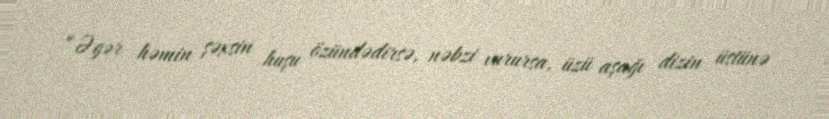
“Əgər həmin şəxsin huşu özündədirsə, nəbzi vurursa, üzü aşağı dizin üstünə